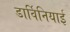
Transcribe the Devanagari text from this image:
डार्विनियाई